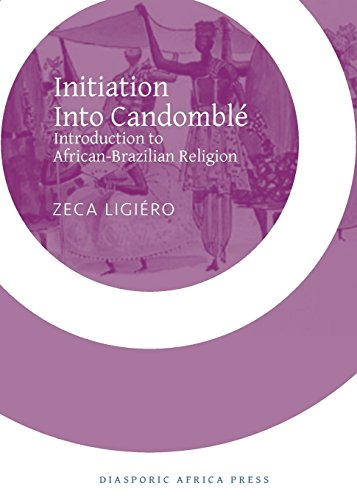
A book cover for Initiation Into Candomble: Introduction to African-Brazilian Religion; Zeca Ligiero; Travel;